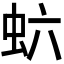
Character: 𬟻